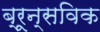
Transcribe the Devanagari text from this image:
ब्रून्सविक